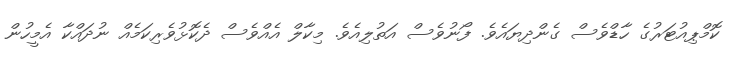
ކޮމްޕިއުޓަރުގެ ހާޑްވެސް ގެންދިޔައެވެ. ފޯނުވެސް އަތުލިއެވެ. މިކާލް އެއްވެސް ދެކޮޅުވެރިކަމެއް ނުދައްކާ އެމީހުން